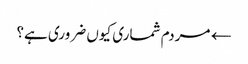
← مردم شماری کیوں ضروری ہے؟